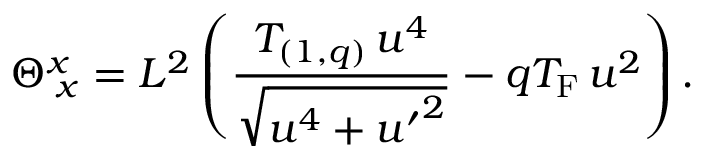
\Theta _ { \; x } ^ { x } = L ^ { 2 } \left( { \frac { T _ { ( 1 , q ) } \, u ^ { 4 } } { \sqrt { u ^ { 4 } + { u ^ { \prime } } ^ { 2 } } } } - q T _ { \mathrm { F } } \, u ^ { 2 } \right) .